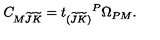
C _ { M \widetilde J \widetilde K } = t _ { ( \widetilde { J } \widetilde { K } ) } { } ^ { P } \Omega _ { P M } .